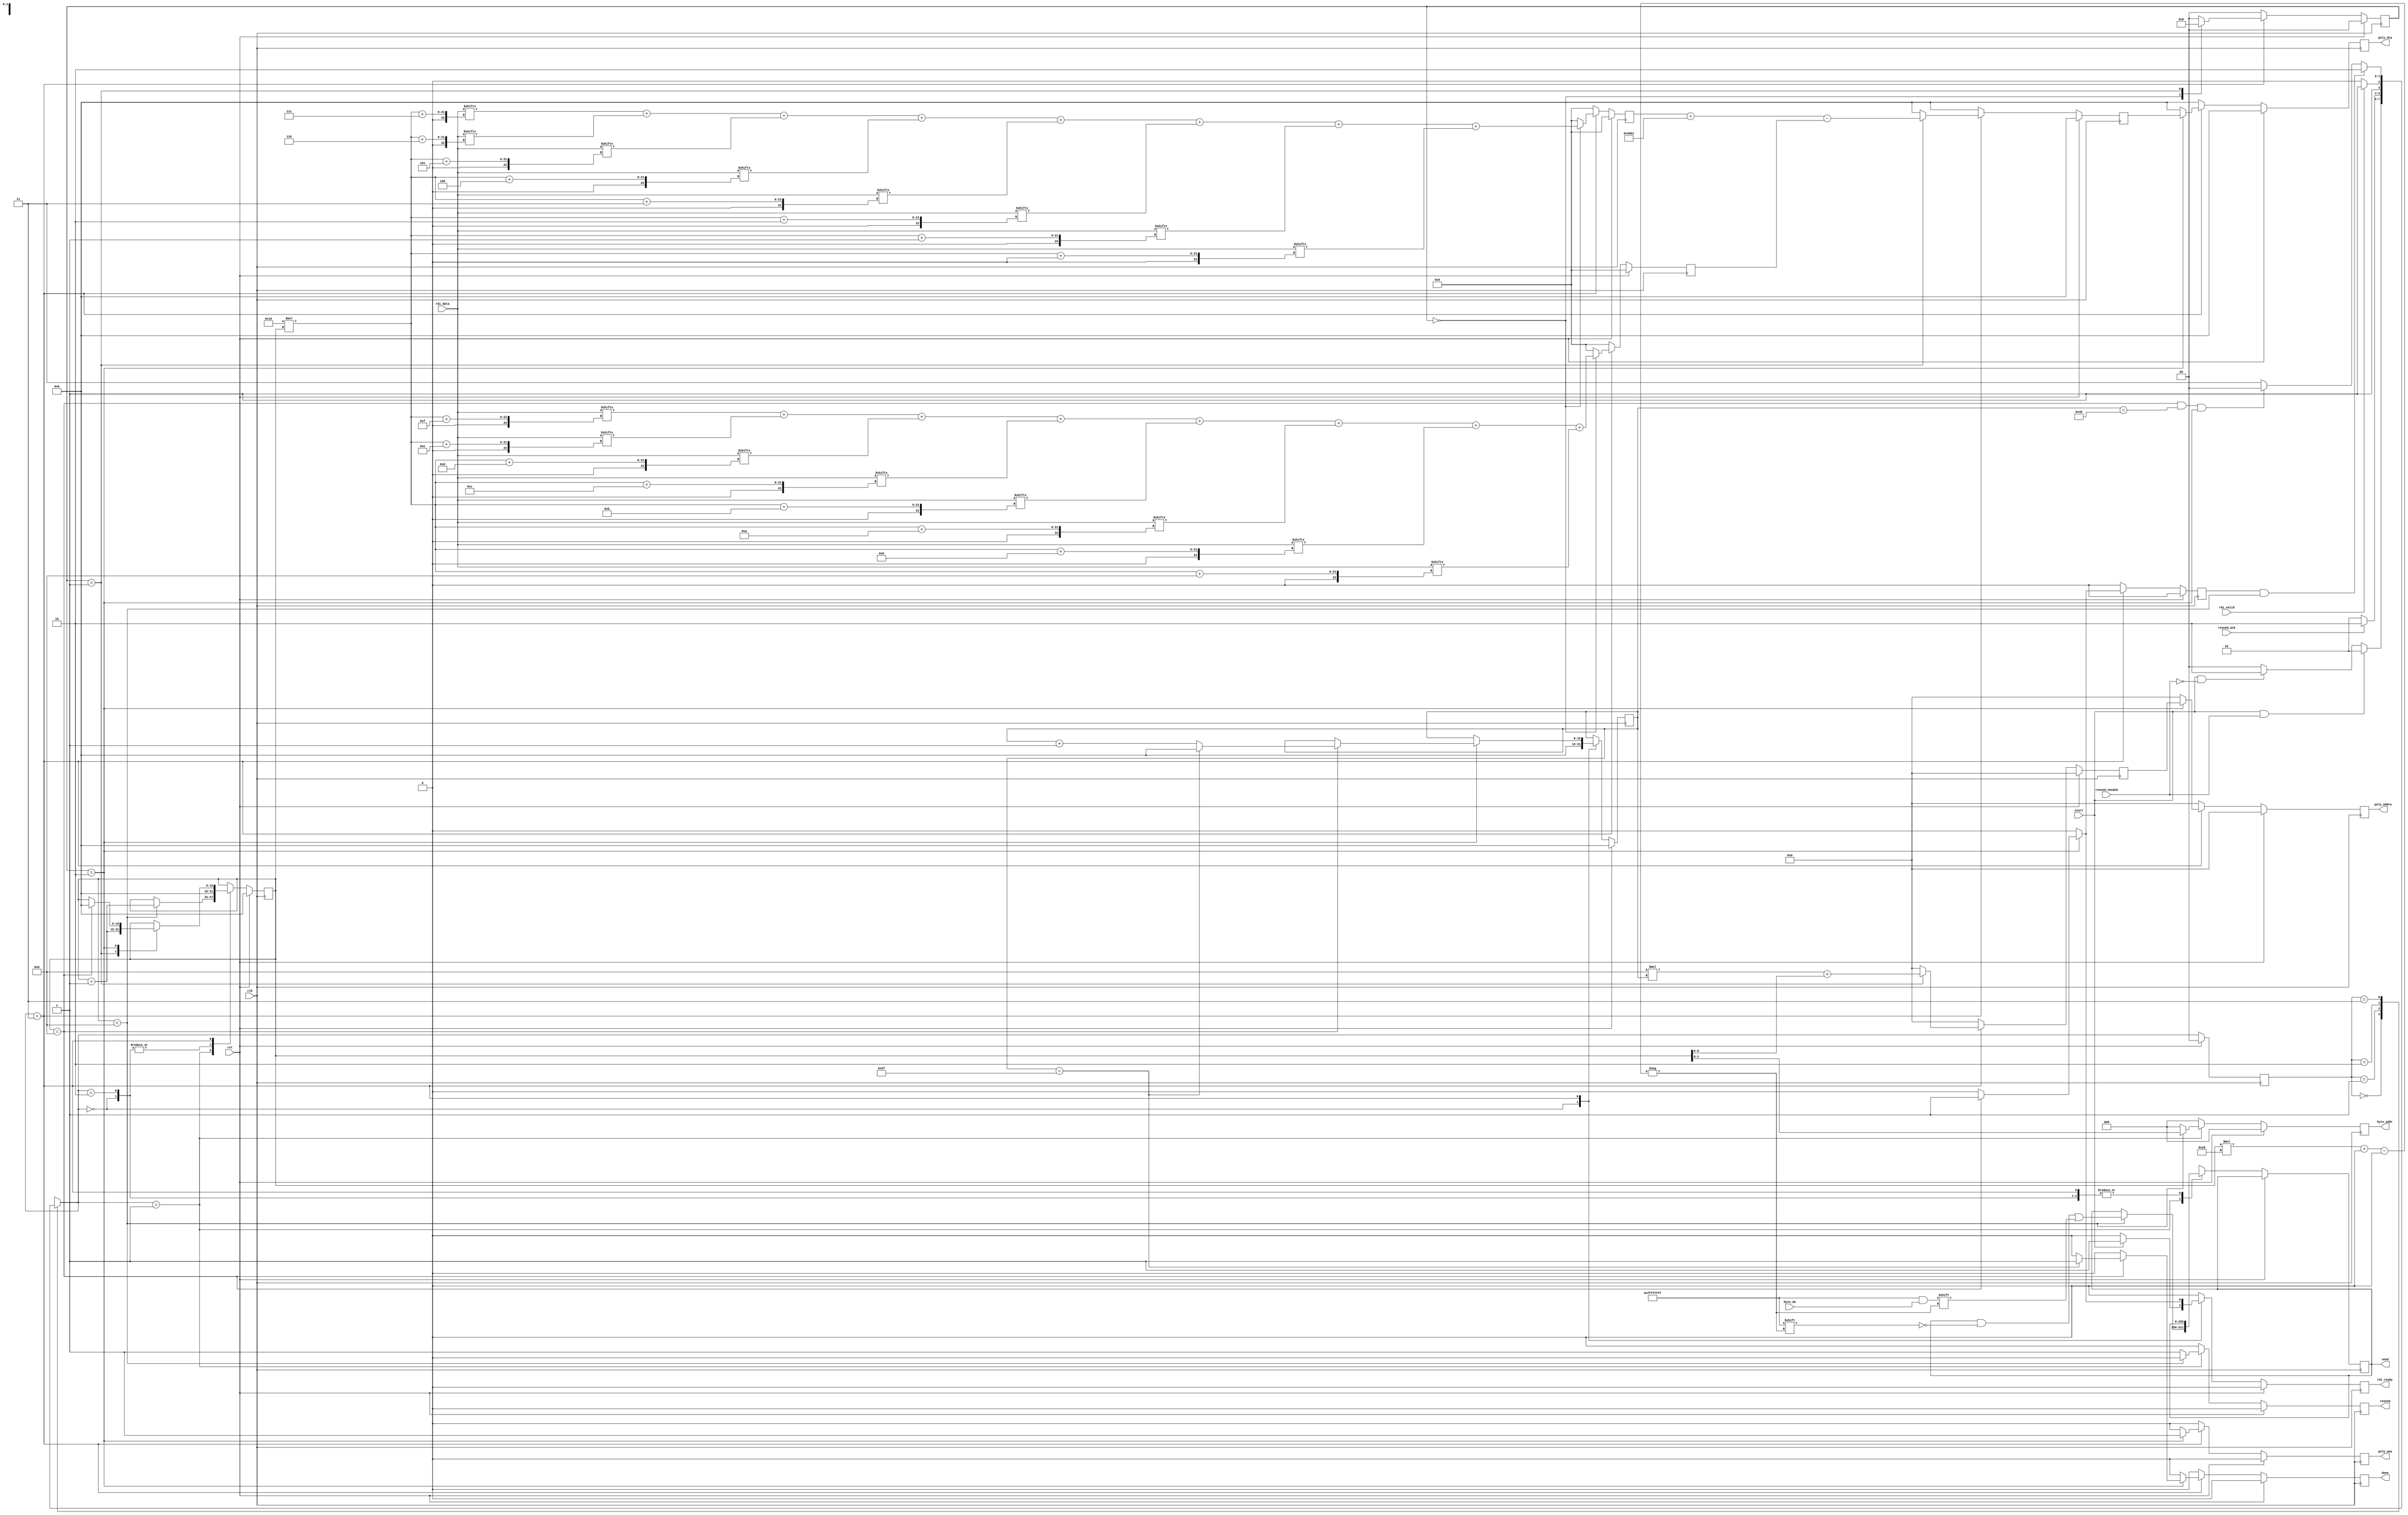
`timescale 1ns / 1ps


module binomial_sampler(
    // basic inputs
    input clk,
    input rst,
    // control inputs
    input start,
    output reg done = 0,
    input reseed_needed,
    // input RAM signals
    output reg [2:0] byte_addr = 0,
    input [31:0] byte_do,
    // output RAM signals
    output reg poly_wea = 0,
    output reg [8:0] poly_addra = 0,
    output reg [15:0] poly_dia = 0,
    // Trivium module signals
    output reg [255:0] seed = 0,
    output reg reseed = 0,
    input reseed_ack,
	input [127:0] rdi_data,
	input rdi_valid,
	output reg rdi_ready = 0
    );
    
//    always @(posedge clk) begin
//        if (poly_wea) begin
//            $display("BS,%d,%h",poly_addra,poly_dia);
//        end
//    end
    
    // state variables
    localparam 
        WAIT       = 2'd0,
        SETUP_SEED = 2'd1,
        RUN_PRNG   = 2'd2, 
        PARSE      = 2'd3;
    reg [1:0]  state;
    reg [1:0] state_next;
    reg [15:0] i, j;
    reg parse_done;

    // PARSE Step
    localparam HAMMING_WEIGHT = 2'd0, CALCULATE = 2'd1, STORE = 2'd2;
    reg [1:0] parse_state;
    reg [3:0] hw_a, hw_b;
    reg [15:0] r_val;
    reg [8:0] r_addr;

    // Combination state logic
    always @(*) begin
        case(state)
            WAIT: begin
                state_next = (start & reseed_needed) ? SETUP_SEED 
                             : (start & ~reseed_needed) ? RUN_PRNG : WAIT;
            end
            SETUP_SEED: begin
                state_next = (reseed_ack) ? RUN_PRNG : SETUP_SEED;
            end
            RUN_PRNG: begin
                state_next = (rdi_valid) ? PARSE : RUN_PRNG;
            end
            PARSE: begin
                state_next = (parse_done == 1'b1 && j < 8) ? RUN_PRNG :
                        (j == 8 && i == 64 && parse_state == STORE) ? WAIT : PARSE;
            end
            default: begin
                state_next = WAIT;
            end
        endcase
    end

    // Seq state logic
    always @(posedge clk) begin
        state <= (rst) ? WAIT : state_next;
    end

    // output (action) logic
    always @(posedge clk) begin
        // default outputs
        done       <= 1'b0;
        parse_done <= 1'b0;

        // output ram (polynomial)
        poly_wea   <= 1'b0;
        poly_addra <= 9'b0;
        poly_dia   <= 16'b0;

        // parse state data
        parse_state <= HAMMING_WEIGHT;
        hw_a  <= 0;
        hw_b  <= 0;
        r_val <= 16'b0;
        r_addr <= 9'b0;
        
        byte_addr <= 0;
    
        // Trivium signals
        rdi_ready <= 1'b0;
        reseed <= 0;

        // reset logic
        if (rst == 1'b1) begin
            j <= 0;
            i <= 0;
            rdi_ready <= 1'b0;
        end else begin
            // functional logic
            case(state_next)
                WAIT: begin
                    // default outputs -> just waiting
                    i <= 0; 
                    j <= 0;

                    if (start) begin
                        rdi_ready <= 1'b1;
                    end
                end
                SETUP_SEED: begin
                    if (j < 8) begin
                        byte_addr <= j;
                        seed[j*32+:32] <= byte_do;
                        j <= j + 1;
                    end else begin
                        reseed <= 1'b1;
                    end
                end
                RUN_PRNG: begin
                    rdi_ready <= 1'b0;
                    j <= 0;
                end
                PARSE: begin
                    // hand outputs of SHAKE
                    case (parse_state) 
                        HAMMING_WEIGHT: begin
                            hw_a <= rdi_data[16*j+7]  + rdi_data[16*j+6]  + rdi_data[16*j+5]  + rdi_data[16*j+4]  + rdi_data[16*j+3]  + rdi_data[16*j+2]  + rdi_data[16*j+1] + rdi_data[16*j+0]; 
                            hw_b <= rdi_data[16*j+15] + rdi_data[16*j+14] + rdi_data[16*j+13] + rdi_data[16*j+12] + rdi_data[16*j+11] + rdi_data[16*j+10] + rdi_data[16*j+9] + rdi_data[16*j+8]; 
                            parse_state <= CALCULATE;
                        end
                        CALCULATE: begin
                            r_val <= hw_a + 14'd12289 - hw_b; // q = 12289
                            r_addr <= 8*i + j;
                            j <= j + 1; 
                            parse_state <= STORE;
                        end 
                        STORE: begin
                            poly_wea <= 1'b1;
                            poly_addra <= r_addr;
                            poly_dia <= r_val;
                            // need exit condition
                            parse_state <= HAMMING_WEIGHT;
                            
                            if (j == 8) begin
                                rdi_ready <= 1'b1;
                                parse_done <= 1'b1;
                                j <= 0;

                                if (i == 63) begin
                                    done <= 1'b1;
                                    i <= 0;
                                end else begin
                                    i <= i + 1;
                                end
                            end
                        end
                      endcase
                end
            endcase
        end
    end


endmodule